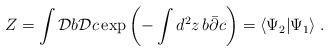
LaTeX: \begin{align*}Z=\int {\cal D}b{\cal D}c \exp{\left(-\int d^{2}z\,b\bar{\partial}c\right)}=\langle\Psi_{2}|\Psi_{1}\rangle\;.\end{align*}